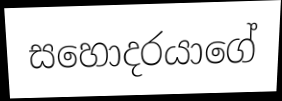
සහොදරයාගේ